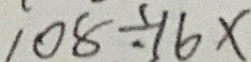
1 0 8 \div 1 6 \times